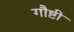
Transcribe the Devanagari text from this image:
गौष्टी